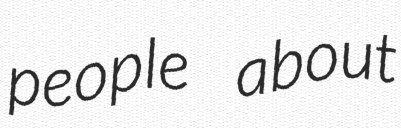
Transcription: people about